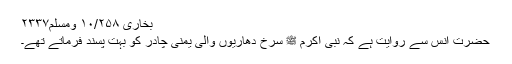
بخاری ۱۰/۲۵۸ ومسلم۲۳۳۷
حضرت انس سے روایت ہے کہ نبی اکرم ﷺ سرخ دھاریوں والی یمنی چادر کو بہت پسند فرماتے تھے۔